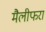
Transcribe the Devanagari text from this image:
मैलीफरा